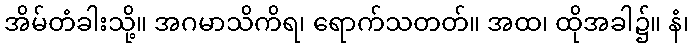
အိမ်တံခါးသို့။ အဂမာသိကိရ၊ ရောက်သတတ်။ အထ၊ ထိုအခါ၌။ နံ၊